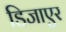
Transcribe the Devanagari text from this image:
डिजाएर